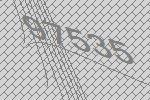
97535